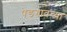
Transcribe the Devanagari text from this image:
पेडगावच्या